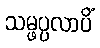
သမ္ဖပ္ပလာပိံ